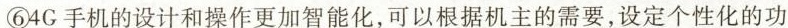
⑥4G手机的设计和操作更加智能化，可以根据机主的需要，设定个性化的功